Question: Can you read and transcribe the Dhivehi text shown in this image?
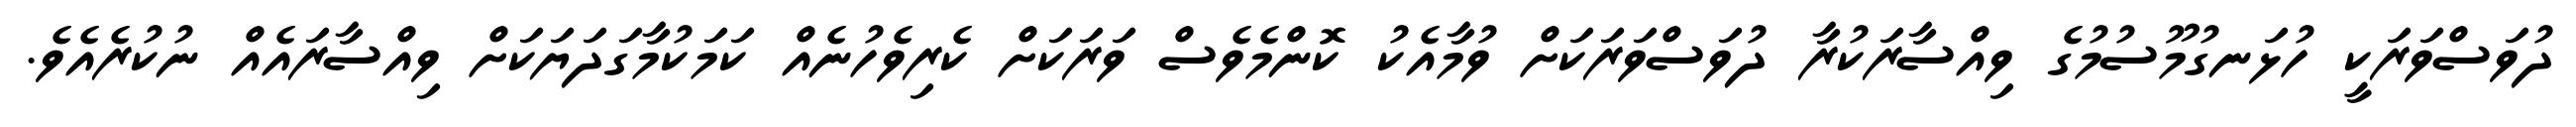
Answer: ދުވަސްވަރަކީ ހުޅަނގުމޫސުމުގެ ވިއްސާރަކުރާ ދުވަސްވަރަކަށް ވުމާއެކު ކޮންމެވެސް ވަރަކަށް ކެރިވެހުނެއް ކަމަކުމާގަދަޔަކަށް ވިއްސާރައެއް ނުކުރެއެވެ.